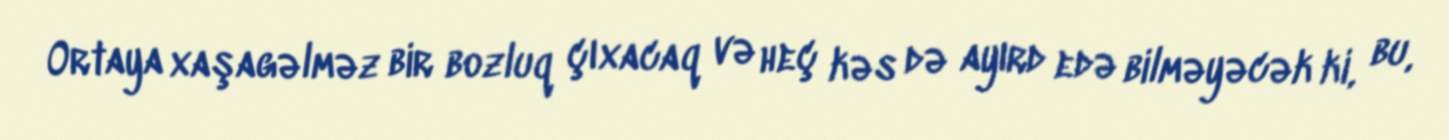
Ortaya xaşagəlməz bir bozluq çıxacaq və heç kəs də ayırd edə bilməyəcək ki, bu,